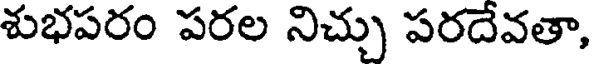
శుభపరం పరల నిచ్చు పరదేవతా,